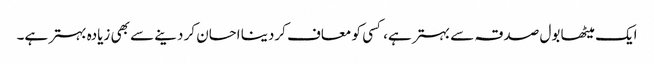
ایک میٹھا بول صدقہ سے بہتر ہے، کسی کو معاف کردینا احسان کر دینے سے بھی زیادہ بہتر ہے۔